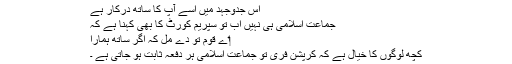
اس جدوجہد میں اسے آپ کا ساتھ درکار ہے
جماعت اسلامی ہی نہیں اب تو سپریم کورٹ کا بھی کہنا ہے کہ
‏اے قوم تو دے مل کہ اگر ساتھ ہمارا
کچھ لوگوں کا خیال ہے کہ کرپشن فری تو جماعت اسلامی ہر دفعہ ثابت ہو جاتی ہے ۔